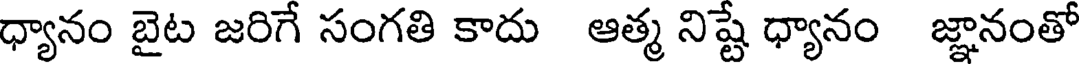
ధ్యానం బైట జరిగే సంగతి కాదు ఆత్మ నిష్టే ధ్యానం జ్ఞానంతో